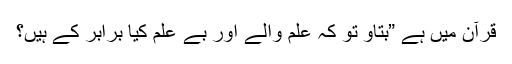
قرآن میں ہے ”بتاؤ تو کہ علم والے اور بے علم کیا برابر کے ہیں؟